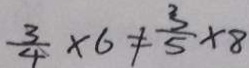
\frac { 3 } { 4 } \times 6 \neq \frac { 3 } { 5 } \times 8